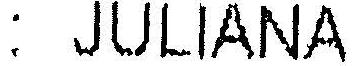
: JULIANA